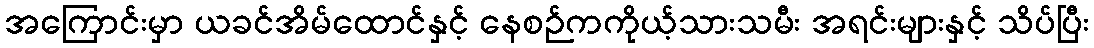
အကြောင်းမှာ ယခင်အိမ်ထောင်နှင့် နေစဉ်ကကိုယ့်သားသမီး အရင်းများနှင့် သိပ်ပြီး